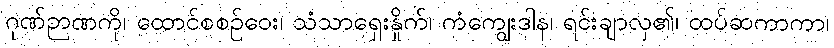
ဂုဏ်ဉာဏကို၊ ထောင်စစဉ်ဝေး၊ သံသာရှေးနှိုက်၊ ကံကျွေးဒါန၊ ရင်းချာလှ၏၊ ထပ်ဆကာကာ၊